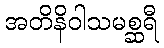
အတိနိဝါသမစ္ဆရီ